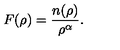
F ( \rho ) = \frac { n ( \rho ) } { \rho ^ { \alpha } } .